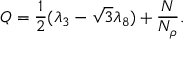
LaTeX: Q = \frac { 1 } { 2 } ( \lambda _ { 3 } - \sqrt { 3 } \lambda _ { 8 } ) + \frac { N } { N _ { \rho } } .